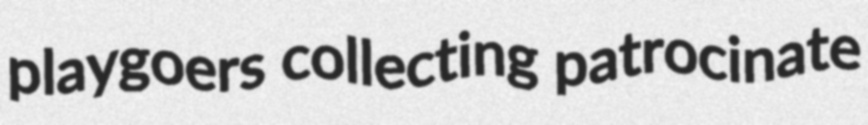
playgoers collecting patrocinate